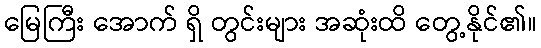
မြေကြီး အောက် ရှိ တွင်းများ အဆုံးထိ တွေ့နိုင်၏။